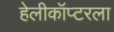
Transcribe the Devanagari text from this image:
हेलीकॉप्टरला